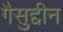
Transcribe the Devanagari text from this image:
गैसुद्दीन